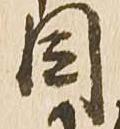
目